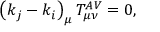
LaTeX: \left( k _ { j } - k _ { i } \right) _ { \mu } T _ { \mu \nu } ^ { A V } = 0 ,